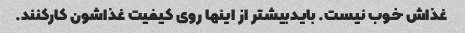
غذاش خوب نیست. بایدبیشتر از اینها روی کیفیت غذاشون کارکنند.